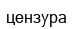
цензура